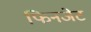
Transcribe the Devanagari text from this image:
फिनजेट